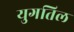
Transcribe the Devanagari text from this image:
युगतिल